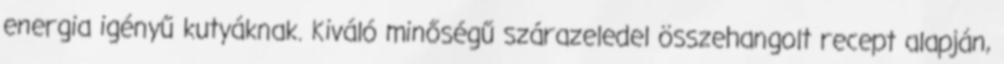
energia igényű kutyáknak. Kiváló minőségű szárazeledel összehangolt recept alapján,